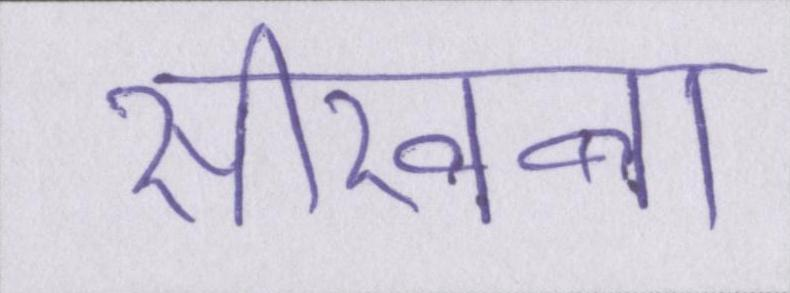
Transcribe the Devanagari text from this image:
सीखना